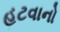
હટવાનો